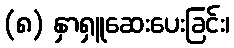
(၈) နှာရှူဆေးပေးခြင်း၊